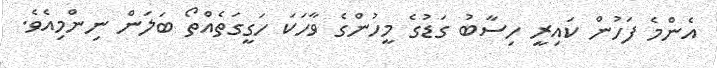
އެންމެ ފަހުން ކައިރީ ހިސާބު ގަޑުގެ މީހުންގެ ވާހަކަ ހަގީގަތެއްތޯ ބަލަން ނިންމިއެވެ.